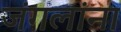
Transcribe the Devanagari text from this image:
जंगलांना